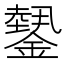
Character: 𨬝